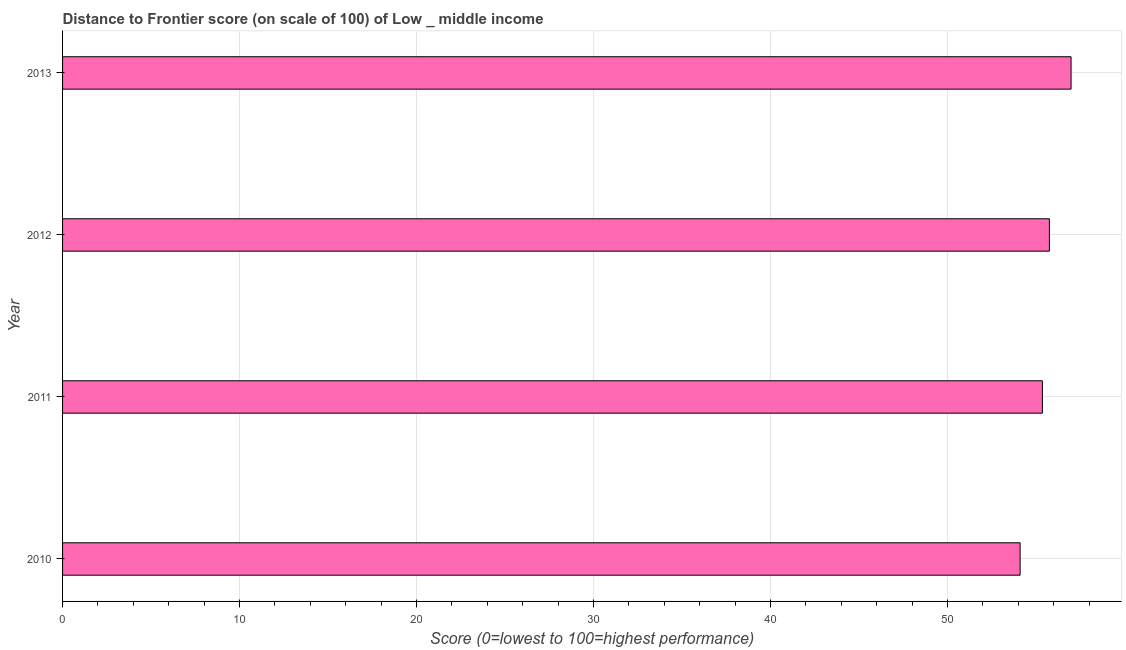
| Year | Distance to frontier score |
 | --- | --- |
 | 2010 | 54.1 |
 | 2011 | 55.4 |
 | 2012 | 55.8 |
 | 2013 | 57 |